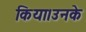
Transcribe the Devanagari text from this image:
किया।उनके